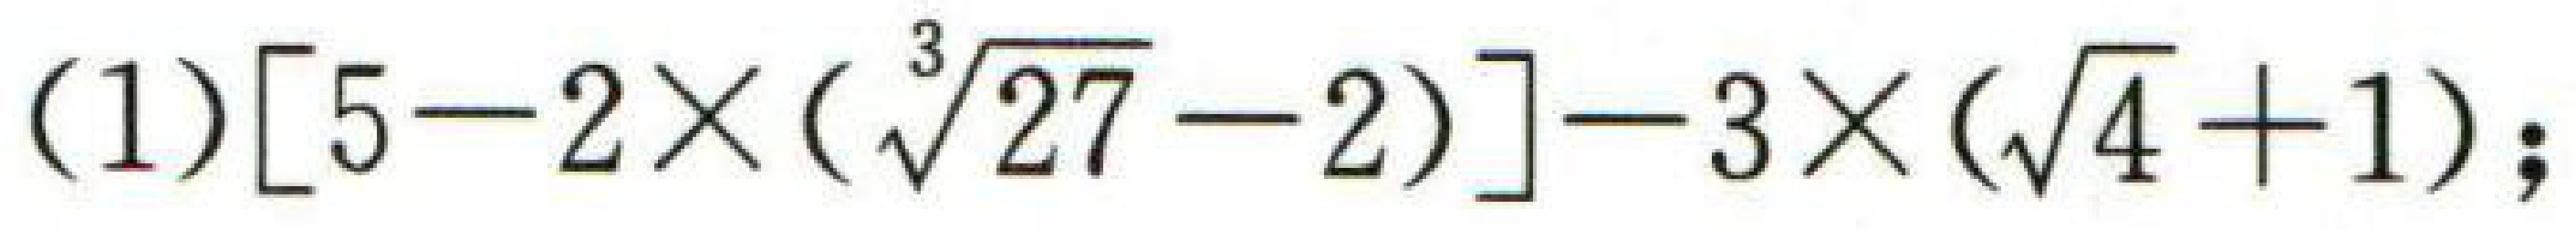
(1)$[5 - 2\times(\sqrt[3]{27}-2)]-3\times(\sqrt{4}+1);$